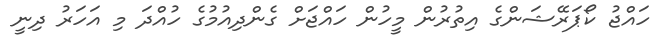
ހައްޖު ކޯޕަރޭޝަންގެ އިތުރުން މީހުން ހައްޖަށް ގެންދިއުމުގެ ހުއްދަ މި އަހަރު ދިނީ